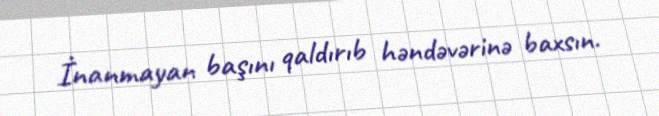
İnanmayan başını qaldırıb həndəvərinə baxsın.